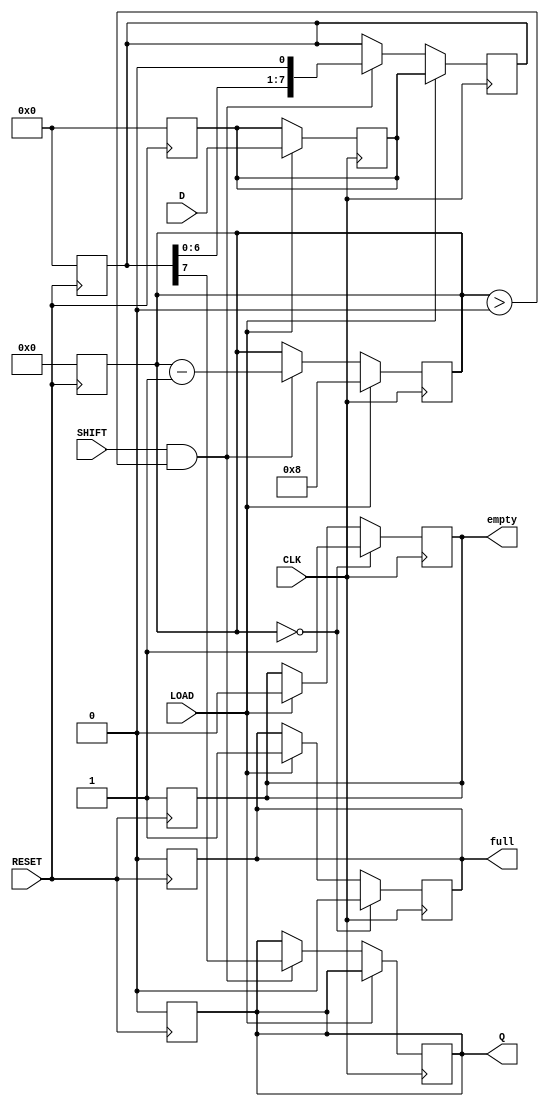
module TwoStagePISO #(
    parameter WIDTH = 8  // Parameter for the width of the parallel input data
)(
    input wire [WIDTH-1:0] D,      // Parallel data input
    input wire LOAD,                // Load signal
    input wire SHIFT,               // Shift signal
    input wire CLK,                 // Clock signal
    input wire RESET,               // Asynchronous reset
    output reg Q,                   // Serial output
    output reg full,                // Status flag: indicates if register is full
    output reg empty                // Status flag: indicates if register is empty
);

    // Internal registers to hold the stages
    reg [WIDTH-1:0] input_reg;      // Input register (Stage 1)
    reg [WIDTH-1:0] output_reg;     // Output register (Stage 2)
    reg [4:0] shift_count;          // Counter for tracking shifts

    // Asynchronous reset
    always @(posedge RESET) begin
        input_reg <= 0;
        output_reg <= 0;
        Q <= 0;
        full <= 0;
        empty <= 1;
        shift_count <= 0;
    end

    // Load operation
    always @(posedge CLK) begin
        if (LOAD) begin
            input_reg <= D;          // Load parallel data into input register
            output_reg <= input_reg; // Initialize output register with input data
            full <= 1;               // Mark register as full
            empty <= 0;              // Mark register as not empty
            shift_count <= WIDTH;    // Initialize shift count
        end
        else if (SHIFT && shift_count > 0) begin
            Q <= output_reg[WIDTH-1]; // Shift out the MSB
            output_reg <= {output_reg[WIDTH-2:0], 1'b0}; // Shift right
            shift_count <= shift_count - 1; // Decrement shift count
        end
        
        // Update empty and full flags
        if (shift_count == 0) begin
            full <= 0;               // Mark register as not full
            empty <= 1;              // Mark register as empty
        end
    end

endmodule